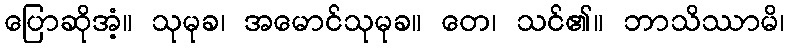
ပြောဆိုအံ့။ သုမုခ၊ အမောင်သုမုခ။ တေ၊ သင်၏။ ဘာသိဿာမိ၊